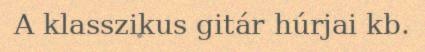
A klasszikus gitár húrjai kb.